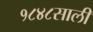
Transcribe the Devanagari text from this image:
१८४८साली